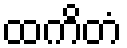
ထကိတံ